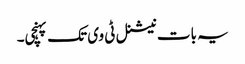
یہ بات نیشنل ٹی وی تک پہنچی۔